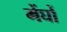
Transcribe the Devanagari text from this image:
मेंघों